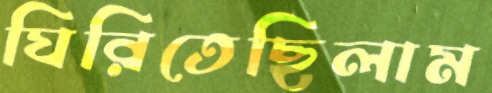
ঘিরিতেছিলাম